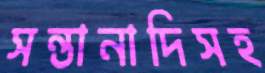
সন্তানাদিসহ